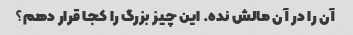
آن را در آن مالش نده. این چیز بزرگ را کجا قرار دهم؟